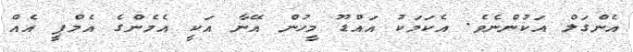
އެންގަލް އަކުންނެވެ. އެކަމަކު އައްޑޫ މީހުން އޭނާ އަކީ އެމެންގެ އެމްޕީ އެއް